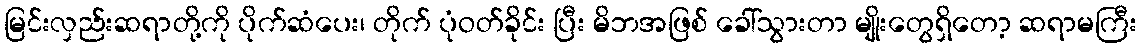
မြင်းလှည်းဆရာတို့ကို ပိုက်ဆံပေး၊ တိုက် ပုံဝတ်ခိုင်း ပြီး မိဘအဖြစ် ခေါ်သွားတာ မျိုးတွေရှိတော့ ဆရာမကြီး